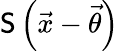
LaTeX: \mathsf{S}\left(\vec{{x}}-\vec{{\theta}}\right)